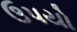
ઉપયો